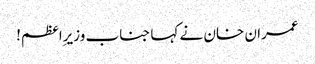
عمران خان نے کہا جناب وزیرِاعظم!